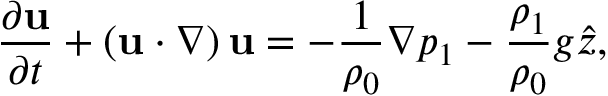
\frac { \partial { \bf u } } { \partial t } + \left( { \bf u } \cdot \nabla \right) { \bf u } = - \frac { 1 } { \rho _ { 0 } } \nabla p _ { 1 } - \frac { \rho _ { 1 } } { \rho _ { 0 } } g \hat { z } ,